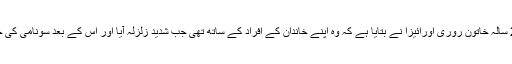
نیوز ویب سائٹ Mirror کے مطابق اس زلزلے میں زندہ بچ جانے والی 29 سالہ خاتون روری اورائیزا نے بتایا ہے کہ وہ اپنے خاندان کے افراد کے ساتھ تھی جب شدید زلزلہ آیا اور اس کے بعد سونامی کی خوفناک لہریں ساحلی علاقے کی ہر چیز کو اپنے ساتھ بہاتے ہوئے لے گئیں۔